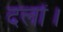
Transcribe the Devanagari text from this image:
दलों।